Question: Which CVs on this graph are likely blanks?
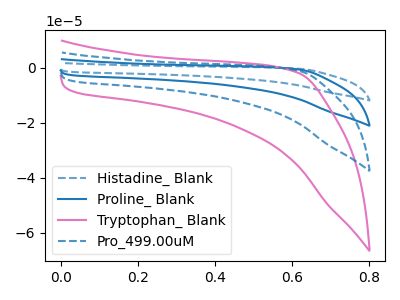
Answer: <think>The blue dashed curve "Histadine_ Blank" has no peaks. The blue curve "Proline_ Blank" has no peaks. The pink curve "Tryptophan_ Blank" has no peaks. The blue dashed curve "Pro_499.00uM" has no peaks.</think>
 <answer>"Histadine_ Blank", "Proline_ Blank", "Tryptophan_ Blank" and "Pro_499.00uM" are likely to be blanks.</answer>
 <eval>"Histadine_ Blank", "Proline_ Blank", "Tryptophan_ Blank", "Pro_499.00uM"</eval>